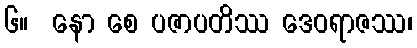
၆။  နော စေ ပဇာပတိဿ ဒေဝရာဇဿ၊